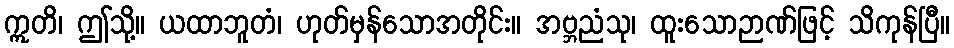
ဣတိ၊ ဤသို့။ ယထာဘူတံ၊ ဟုတ်မှန်သောအတိုင်း။ အဗ္ဘညံသု၊ ထူးသောဉာဏ်ဖြင့် သိကုန်ပြီ။